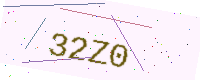
Text: 32Z0